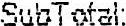
SUBTOTAL: